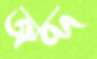
জব্দ